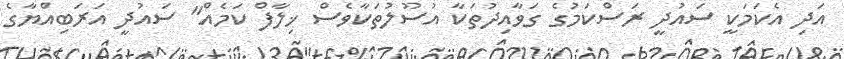
އަދި އެކަމަކީ ސައުދީ ރަސްކަމުގެ ގަވާއިދުތަކާ އުސޫލުތަކާވެސް ޚިލާފް ކަމެއް" ސައުދީ އަރަބިއްޔާގެ